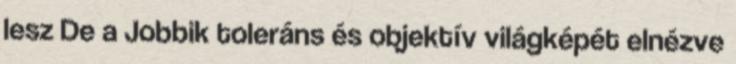
lesz De a Jobbik toleráns és objektív világképét elnézve